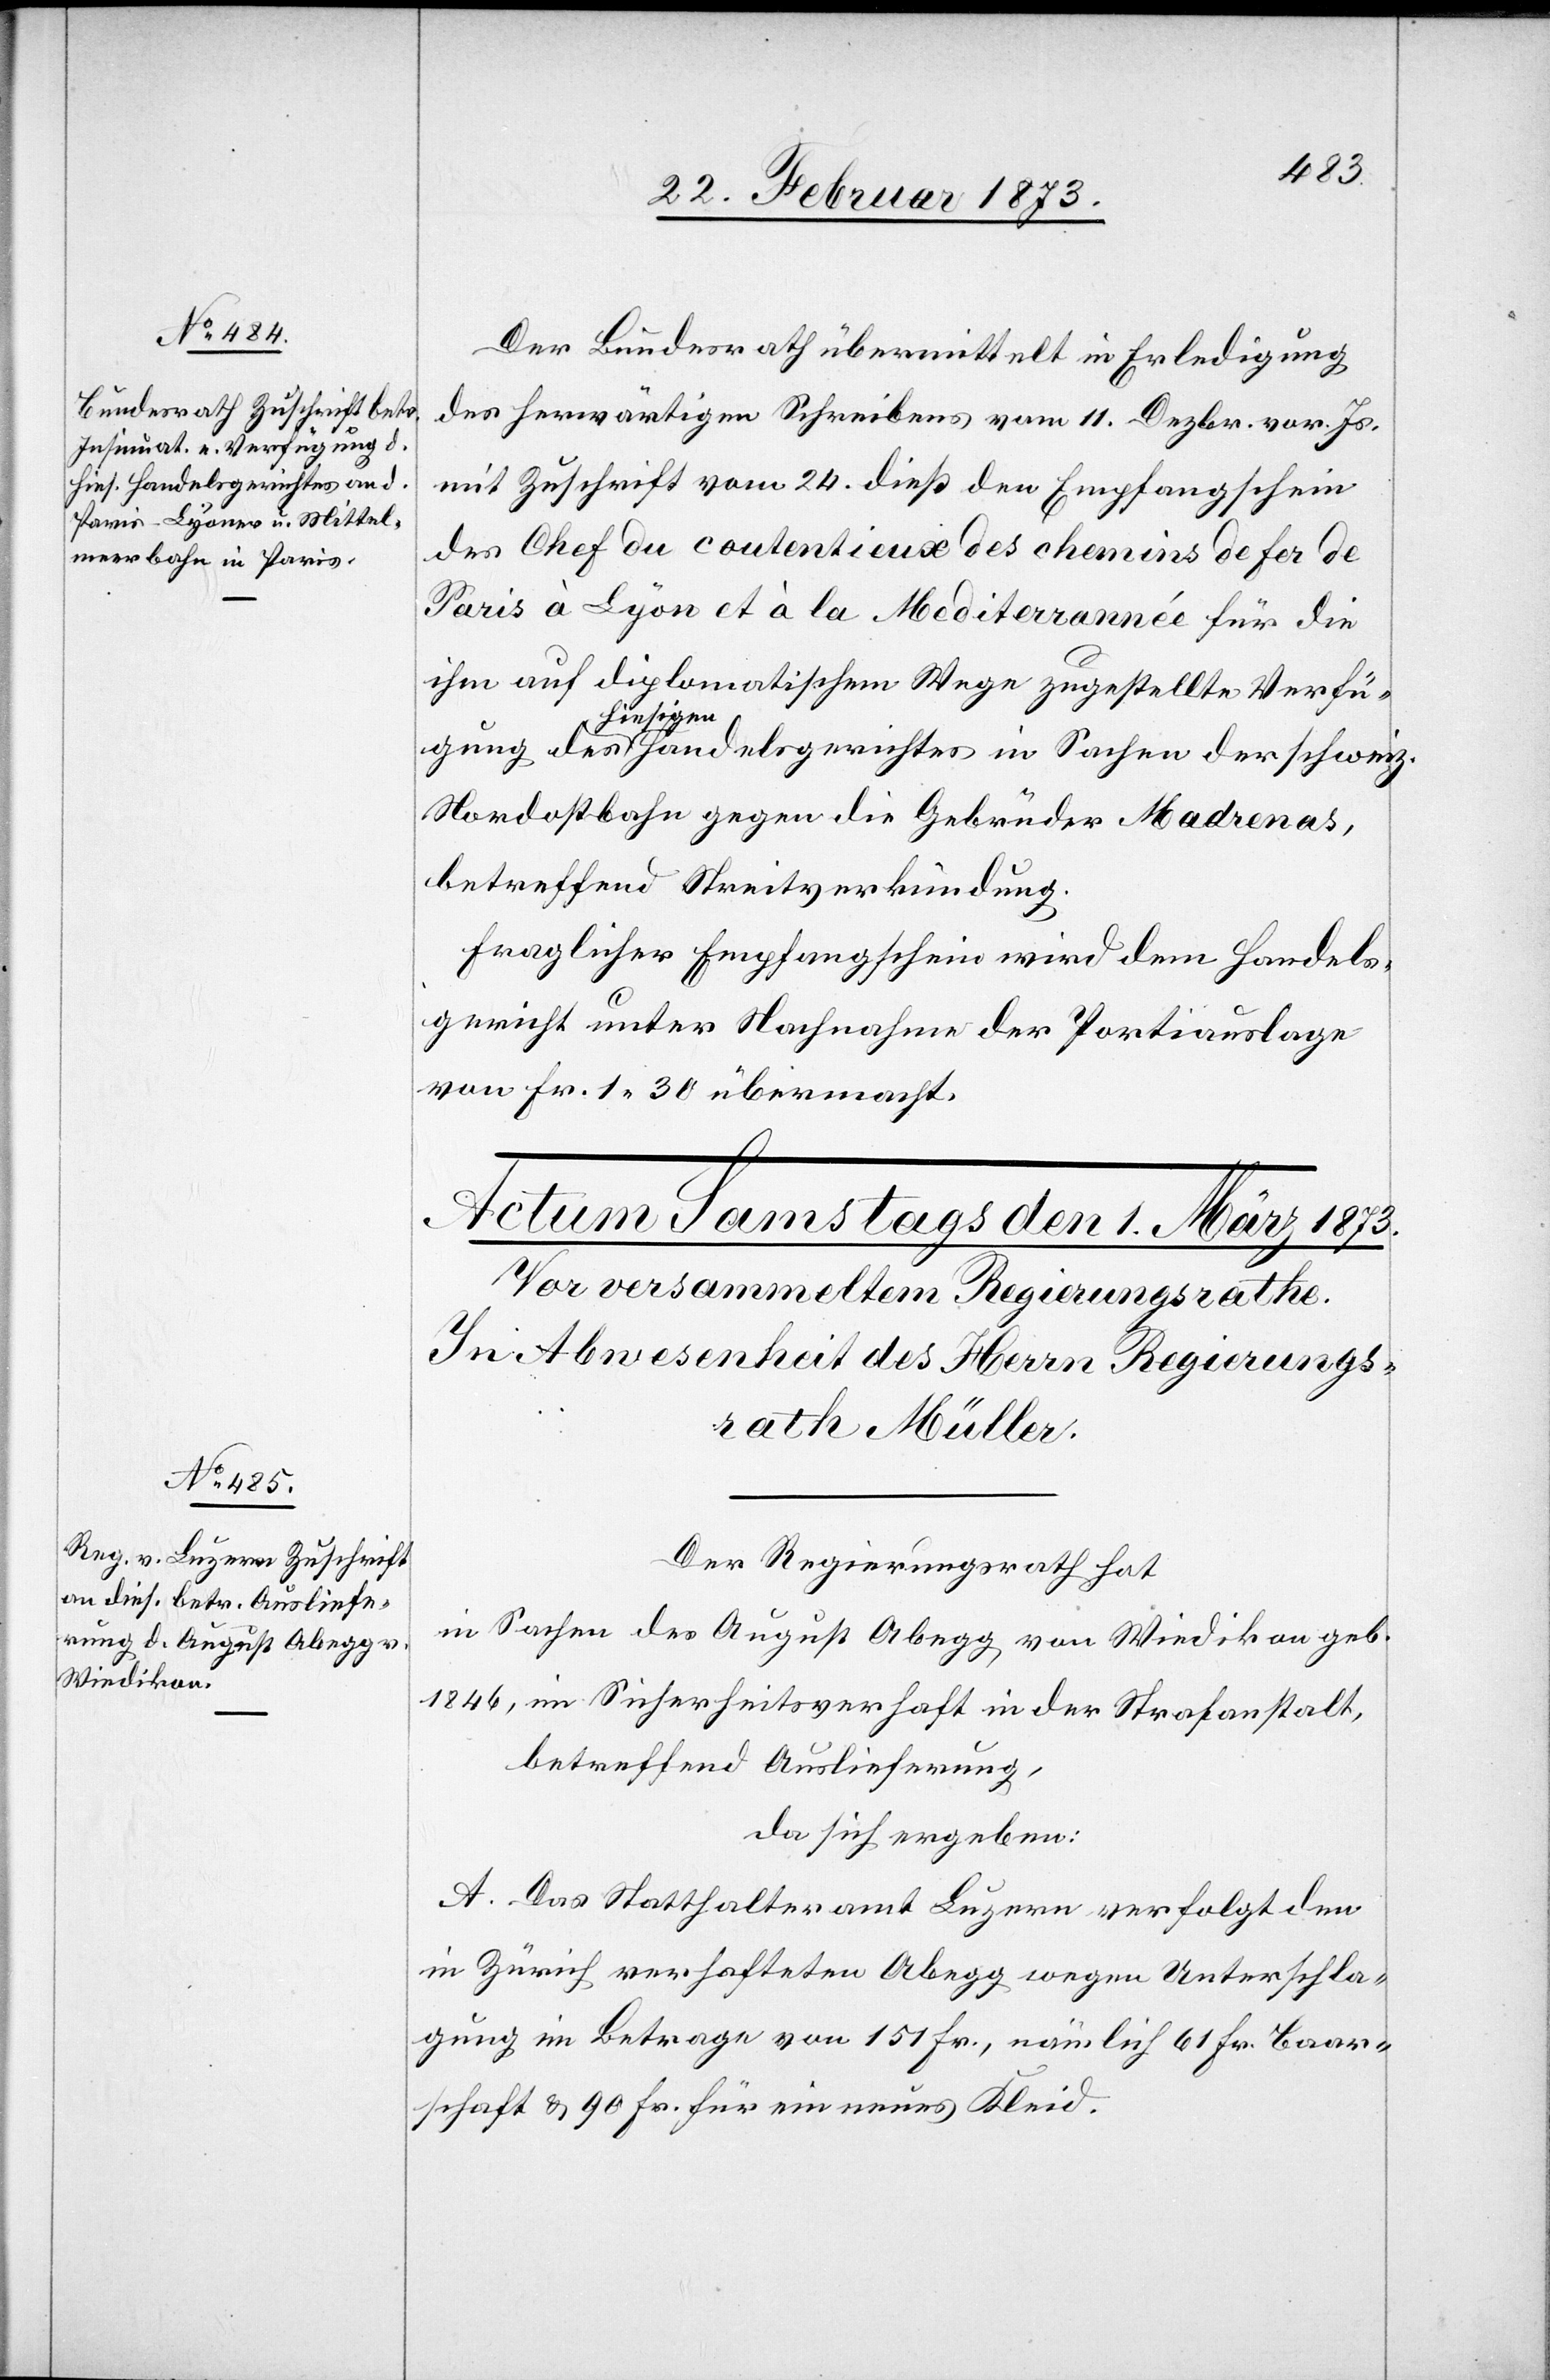
28. Februar 1873.]
Der Bundesrath übermittelt in Erledigung
des herwärtigen Schreibens vom 11. Dezbr. vor. Js.
mit Zuschrift vom 24. dieß den Empfangschein
ihm auf diplomatischem Wege zugestellte Verfüg¬
hiesigen
Nordostbahn gegen die Gebrüder Madrenas,
betreffend Streitverkündung.
Fraglicher Empfangschein wird dem Handels¬
gericht unter Nachnahme der Portiauslage
von Fr. 1.30 übermacht.
ung
Der Regierungsrath hat
in Sachen des August Abegg von Wiedikon geb.
1846, im Sicherheitsverhaft in der Strafanstalt,
betreffend Auslieferung,
da sich ergeben:
A. Das Statthalteramt Luzern verfolgt den
in Zürich verhafteten Abegg wegen Unterschla¬
gung im Betrage von 151 Fr., nämlich 61 Fr. Baar¬
schaft u. 90 Fr. für ein neues Kleid.